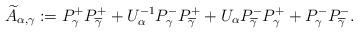
LaTeX: \begin{align*}\widetilde{A}_{\alpha,\gamma}:=P_\gamma^+ P_{\overline{\gamma}}^++U_\alpha^{-1}P_\gamma^- P_{\overline{\gamma}}^++U_\alpha P_{\overline{\gamma}}^- P_\gamma^++P_\gamma^- P_{\overline{\gamma}}^-.\end{align*}